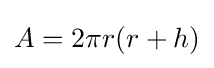
A=2\pi r(r+h)